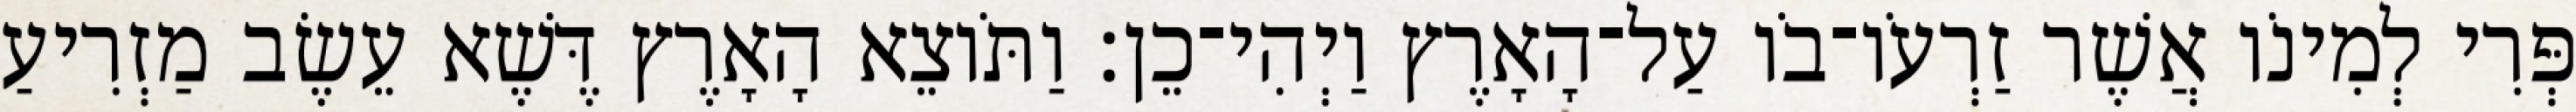
פְּרִי לְמִינֹו אֲשֶׁר זַרְעֹו־בֹו עַל־הָאָרֶץ וַיְהִי־כֵן׃ וַתֹּוצֵא הָאָרֶץ דֶּשֶׁא עֵשֶׂב מַזְרִיעַ